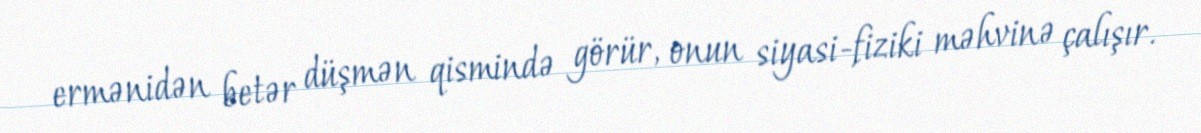
ermənidən betər düşmən qismində görür, onun siyasi-fiziki məhvinə çalışır.